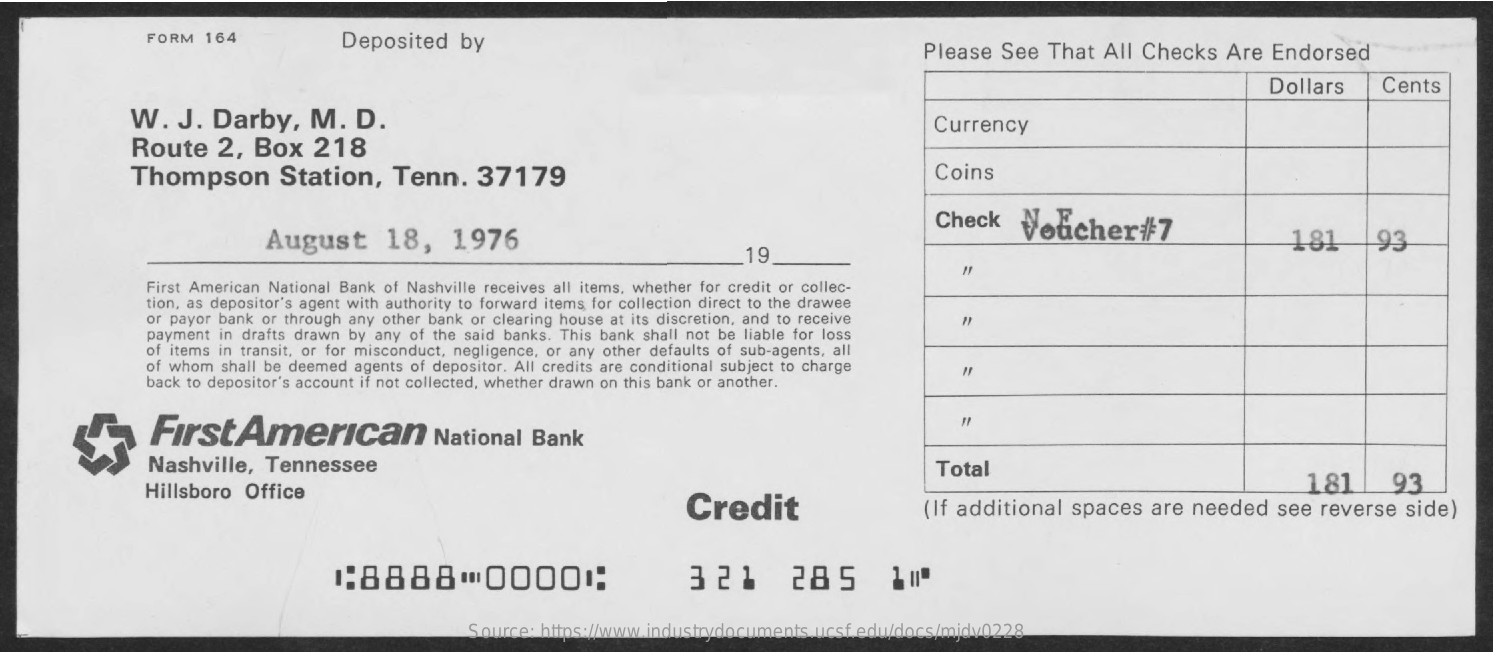
FORM  164    Deposited    by    Please   See  That  All Checks    Are  Endorsed
     Dollars    Cents
     W.   J.  Darby,    M.   D.
     Route    2,  Box    218
     Currency
     Thompson    Station,    Tenn.    37179    Coins
     August    18,    1976
     Check    Voucher#7
     19
     181    93
     First American National Bank of Nashville receives all items, whether for credit or collec-
     tion, as depositor's agent with authority to forward items for collection direct to the drawee
     or payor bank or through any other bank or clearing house at its discretion, and to receive
     payment in drafts drawn by any of the said banks. This bank shall not be liable for loss
     of items in transit, or for misconduct, negligence, or any other defaults of sub-agents, all
     of whom shall be deemed agents of depositor. All credits are conditional subject to charge
     back to depositor's account if not collected, whether drawn on this bank or another.
     FirstAmerican    National   Bank
     Nashville,   Tennessee    Total
     Hillsboro  Office
     Credit
     1.81    93
     (If additional   spaces   are needed    see  reverse   side)
     1:8888    00001:    321    285    10
     Source: https://www.industrydocuments.ucsf.edu/docs/mjdv0228